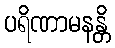
ပရိဏာမနန္တိ